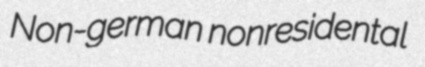
Non-german nonresidental